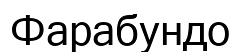
Фарабундо